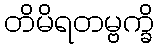
တိမိရတမ္ဗက္ခိ